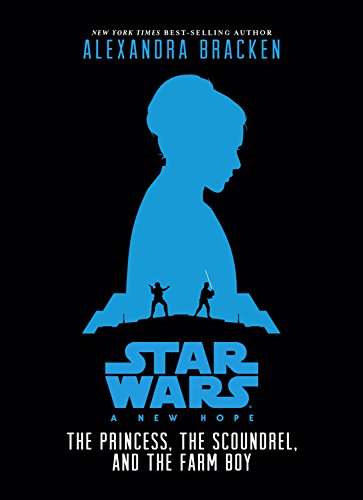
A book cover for Star Wars: A New Hope The Princess, the Scoundrel, and the Farm Boy; Alexandra Bracken; Children's Books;